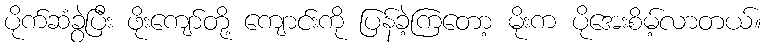
ပိုက်ဆံခွဲပြီး ဖိုးကျော်တို့ ကျောင်းကို ပြန်ခဲ့ကြတော့ မိုးက ပိုအေးစိမ့်လာတယ်။